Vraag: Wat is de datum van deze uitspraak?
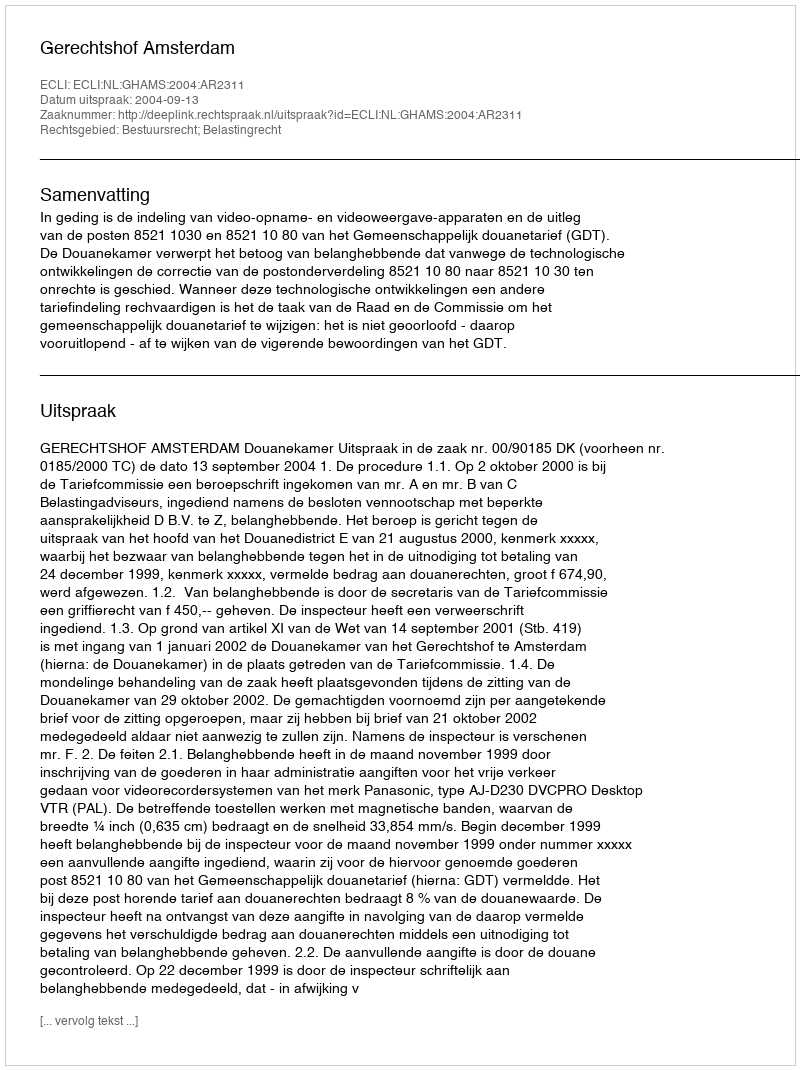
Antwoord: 2004-09-13